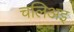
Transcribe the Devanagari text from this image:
चलिअइ